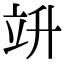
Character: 竔